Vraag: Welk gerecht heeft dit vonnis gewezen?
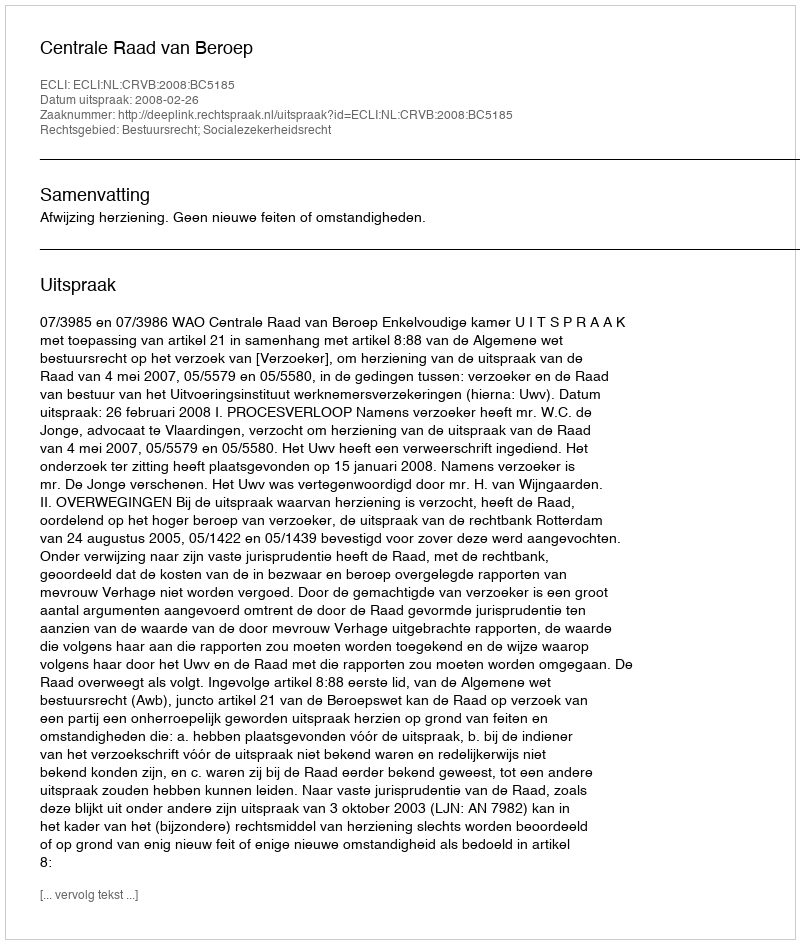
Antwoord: Centrale Raad van Beroep